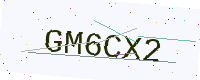
Text: GM6CX2